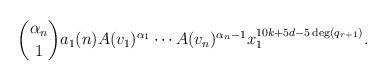
LaTeX: \begin{align*}\binom{\alpha_n}{1} a_1(n)A(v_1)^{\alpha_1} \cdots A(v_n)^{\alpha_n - 1} x_1^{10k +5d - 5 \deg (q_{r+1})}.\end{align*}